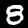
Digit: 8